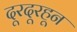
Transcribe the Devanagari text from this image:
दूरदूरहून